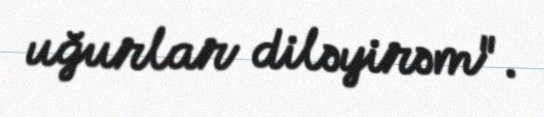
uğurlar diləyirəm".